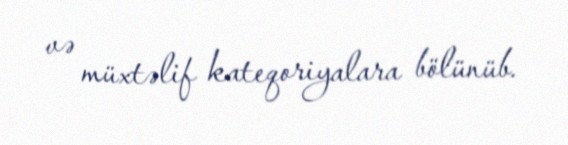
və müxtəlif kateqoriyalara bölünüb.